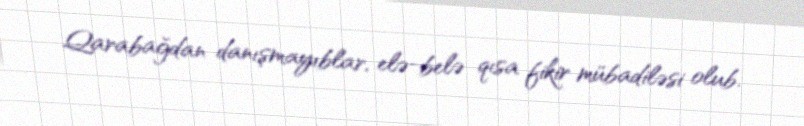
Qarabağdan danışmayıblar, elə-belə qısa fikir mübadiləsi olub.